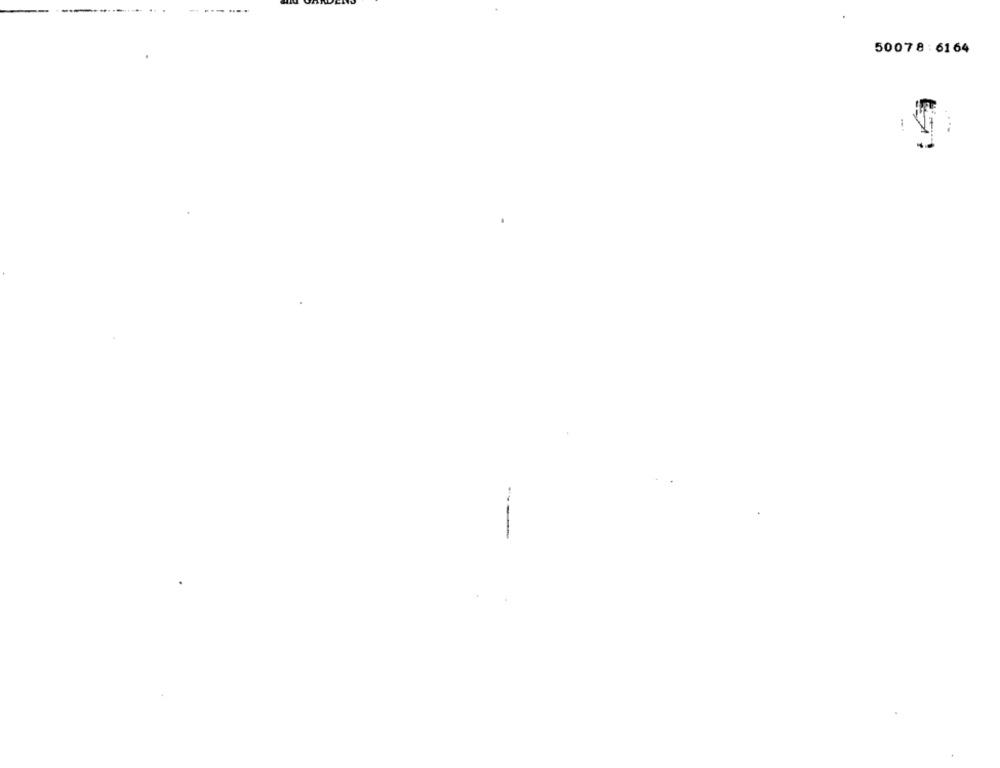
50078:6164